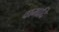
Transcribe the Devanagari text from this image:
वामादि